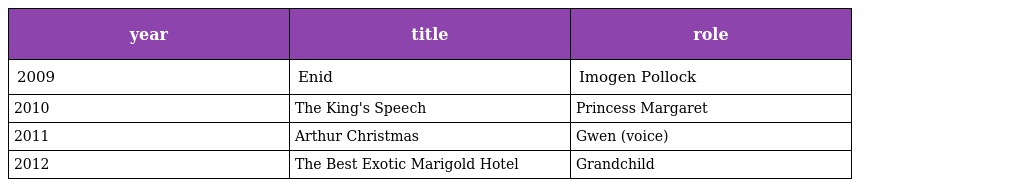
| year | title | role |
 | --- | --- | --- |
 | 2009 | Enid | Imogen Pollock |
 | 2010 | The King's Speech | Princess Margaret |
 | 2011 | Arthur Christmas | Gwen (voice) |
 | 2012 | The Best Exotic Marigold Hotel | Grandchild |